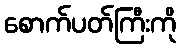
စောက်ပတ်ကြီးကို